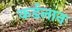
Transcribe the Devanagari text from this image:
कर्डलान